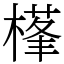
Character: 樥